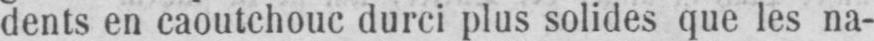
dents en caoutchouc durci plus solides que les na-